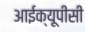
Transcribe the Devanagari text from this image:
आईक्यूपीसी